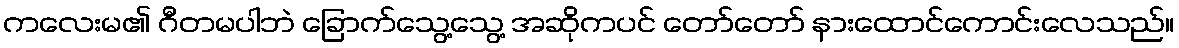
ကလေးမ၏ ဂီတမပါဘဲ ခြောက်သွေ့သွေ့ အဆိုကပင် တော်တော် နားထောင်ကောင်းလေသည်။